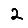
Digit: 2